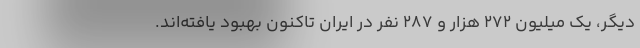
دیگر، یک میلیون ۲۷۲ هزار و ۲۸۷ نفر در ایران تاکنون بهبود یافته‌اند.